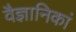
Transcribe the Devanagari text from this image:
वैज्ञानिकां